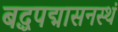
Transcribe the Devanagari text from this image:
बद्धपद्मासनस्थं